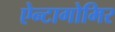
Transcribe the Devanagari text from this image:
ऐन्टागोमिर